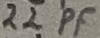
Text: 22PF